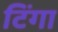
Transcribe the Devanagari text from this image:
टिंगा